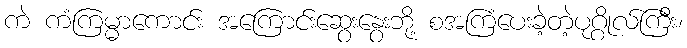
ကဲ ကံကြမ္မာကောင်း အကြောင်းဆွေးနွေးဘို့ စအကြံပေးခဲ့တဲ့ပုဂ္ဂိုလ်ကြီး၊